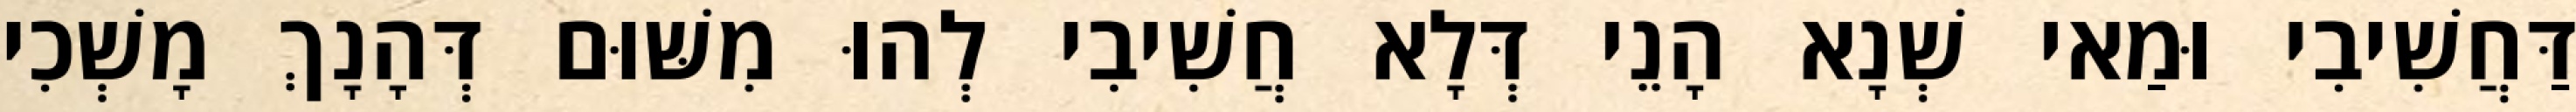
דַּחֲשִׁיבִי וּמַאי שְׁנָא הָנֵי דְּלָא חֲשִׁיבִי לְהוּ מִשּׁוּם דְּהָנָךְ מָשְׁכִי